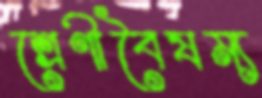
শ্রেণীবৈষম্য